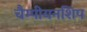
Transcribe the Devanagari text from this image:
चैम्पीयनशिप